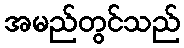
အမည်တွင်သည်